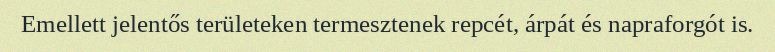
Emellett jelentős területeken termesztenek repcét, árpát és napraforgót is.